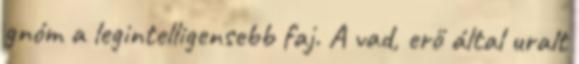
gnóm a legintelligensebb faj. A vad, erő által uralt